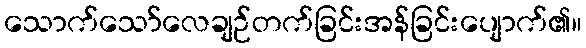
သောက်သော်လေချဉ်တက်ခြင်းအန်ခြင်းပျောက်၏။